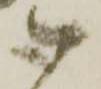
御